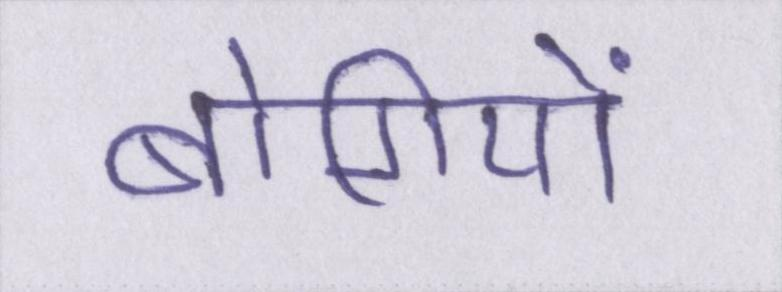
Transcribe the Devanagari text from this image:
बोगियों